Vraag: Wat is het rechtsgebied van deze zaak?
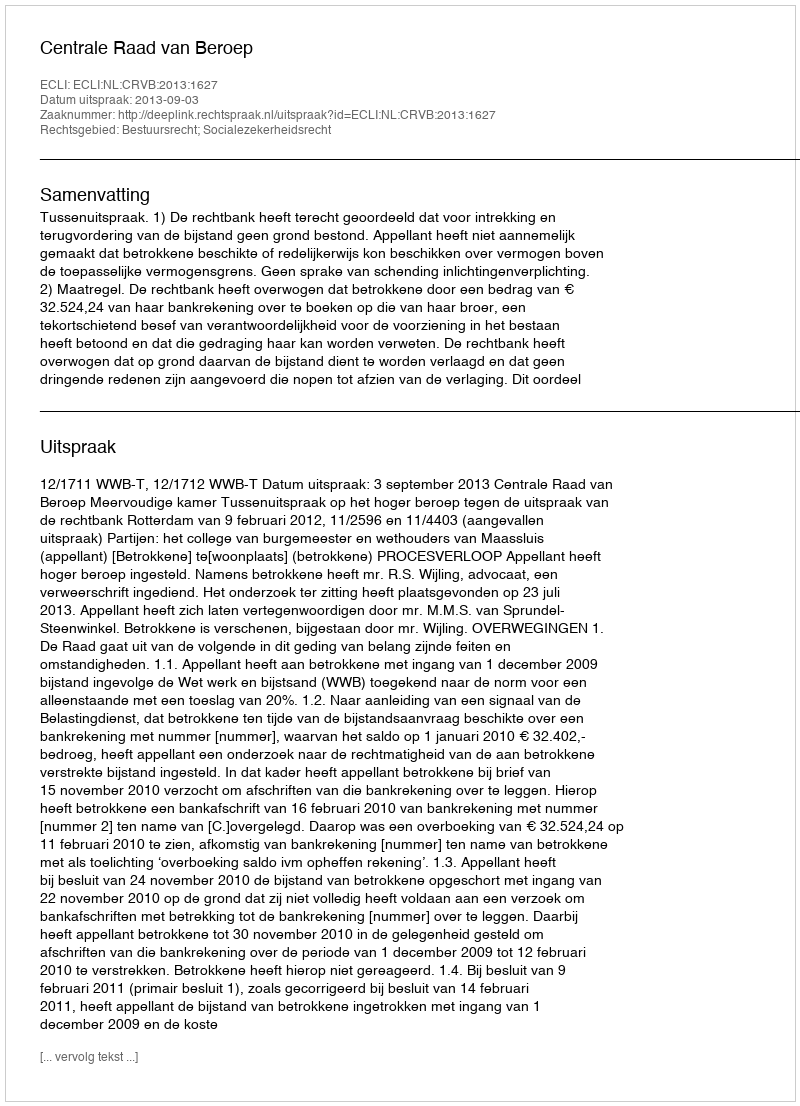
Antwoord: Bestuursrecht; Socialezekerheidsrecht